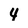
Character: 4